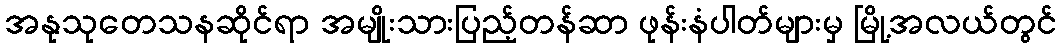
အနုသုတေသနဆိုင်ရာ အမျိုးသားပြည့်တန်ဆာ ဖုန်းနံပါတ်များမှ မြို့အလယ်တွင်